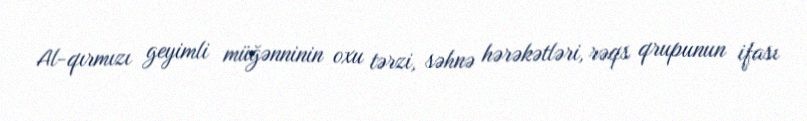
Al-qırmızı geyimli müğənninin oxu tərzi, səhnə hərəkətləri, rəqs qrupunun ifası